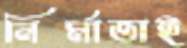
নির্মাতাই